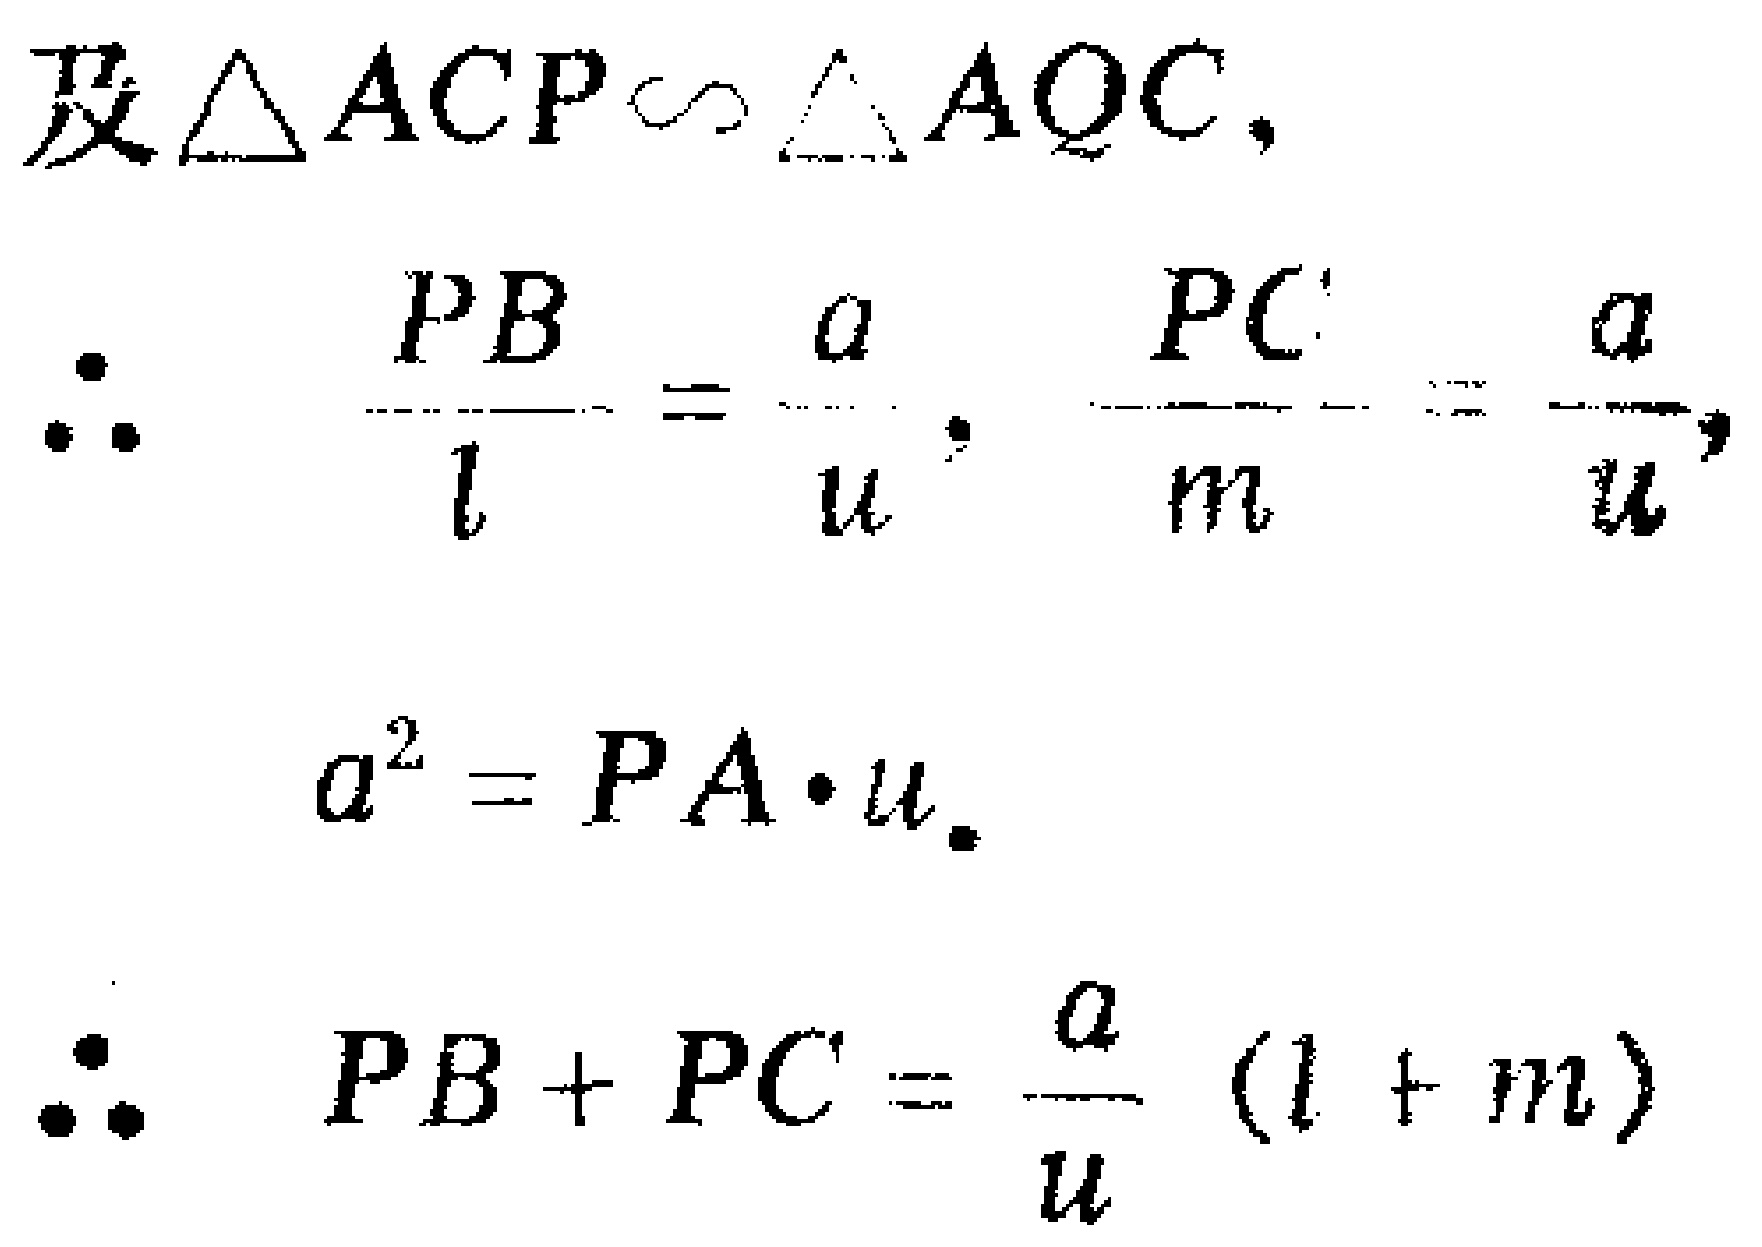
及$\triangle ACP \sim \triangle AQC,$
\[\therefore \quad \frac{PB}{l}=\frac{a}{u},\ \frac{PC}{m}=\frac{a}{u},\]
\[a^{2} = PA\cdot u.\]
\[\therefore \quad PB + PC=\frac{a}{u}(l + m)\]